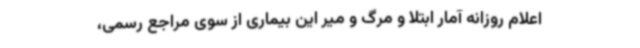
اعلام روزانه آمار ابتلا و مرگ و میر این بیماری از سوی مراجع رسمی،